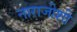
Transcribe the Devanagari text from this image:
नाराजीशी